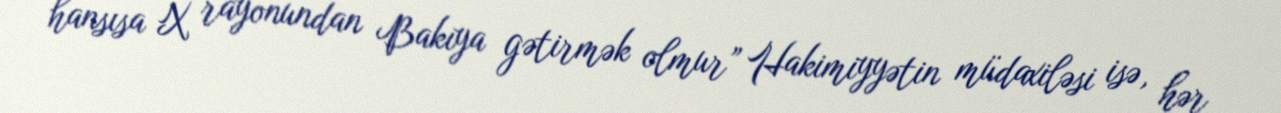
hansısa X rayonundan Bakıya gətirmək olmur” Hakimiyyətin müdaxiləsi isə, hər